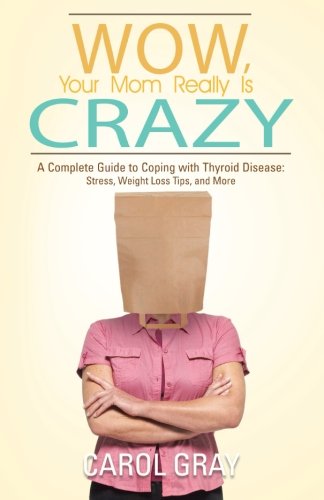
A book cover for Wow, Your Mom Really Is Crazy: A Complete Guide to Coping with Thyroid Disease: Stress, Weight Loss Tips, and More; Carol Gray; Health, Fitness & Dieting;